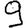
Digit: 9